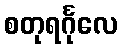
စတုရင်္ဂုလေ